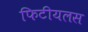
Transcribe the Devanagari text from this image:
फिटीयलस